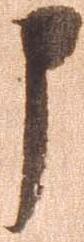
申